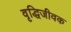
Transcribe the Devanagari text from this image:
वृद्धिजीवक